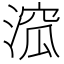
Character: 溛